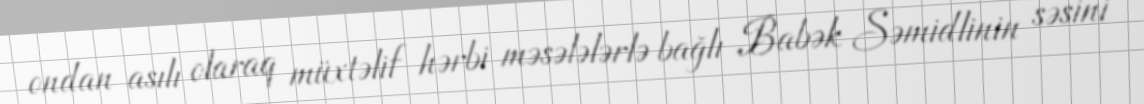
ondan asılı olaraq müxtəlif hərbi məsələlərlə bağlı Babək Səmidlinin səsini